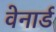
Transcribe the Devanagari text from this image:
वेनार्ड